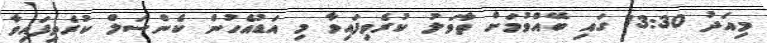
މިއަދު 13:30 ގައި ބޭއްވުމަށް ތާވަލު ކުރެވިފައިވާ މި އަޑުއެހުން ކެންސަލް ކުރެވިފައިވާ